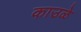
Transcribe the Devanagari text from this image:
काउळे